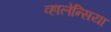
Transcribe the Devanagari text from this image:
व्हालेन्सिया